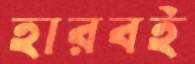
হারবই